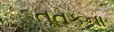
તૂતકના